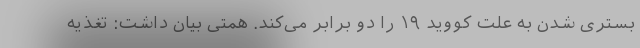
بستری شدن به علت کووید ۱۹ را دو برابر می‌کند. همتی بیان داشت: تغذیه